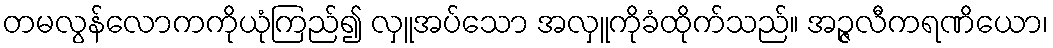
တမလွန်လောကကိုယုံကြည်၍ လှူအပ်သော အလှူကိုခံထိုက်သည်။ အဉ္ဇလီကရဏိယော၊